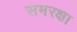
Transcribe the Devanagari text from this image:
समरक्षा